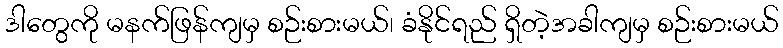
ဒါတွေကို မနက်ဖြန်ကျမှ စဉ်းစားမယ်၊ ခံနိုင်ရည် ရှိတဲ့အခါကျမှ စဉ်းစားမယ်